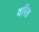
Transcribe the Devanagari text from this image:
वरिष्ठ